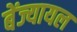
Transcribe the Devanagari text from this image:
बेंज्यायल